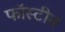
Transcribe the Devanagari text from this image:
फॉस्टीन